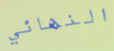
النهائي